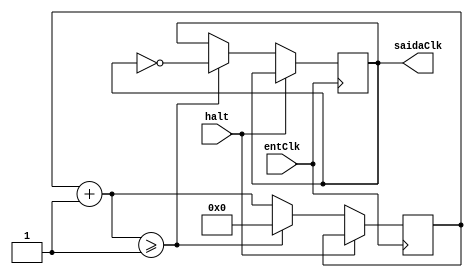
module divClk(entClk, halt, saidaClk);

input entClk;
input halt;

output reg saidaClk;

reg [27:0] cont = 28'd0;
parameter div = 28'd1;

always @(posedge entClk) 
begin
    if (halt) 
	 begin
        cont = cont;
        saidaClk = saidaClk;
    end
	 
	 else 
	 begin
        cont = cont + 28'b1;
        if (cont >= div) 
		  begin
            cont = 28'b0;
            saidaClk = ~saidaClk;
        end
    end
end

endmodule